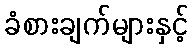
ခံစားချက်များနှင့်